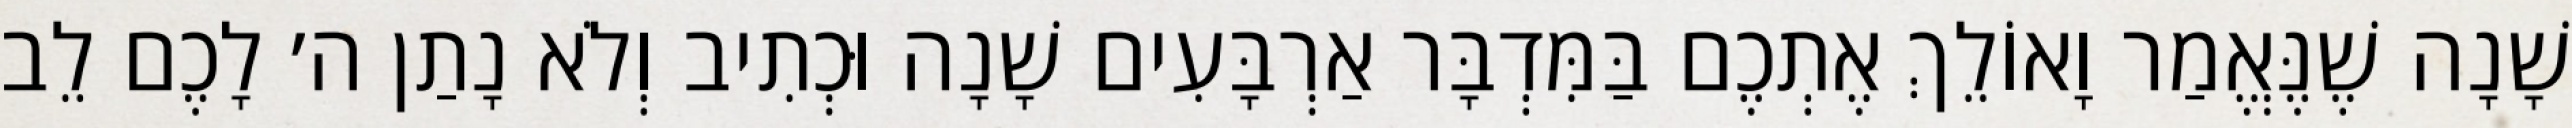
שָׁנָה שֶׁנֶּאֱמַר וָאוֹלֵךְ אֶתְכֶם בַּמִּדְבָּר אַרְבָּעִים שָׁנָה וּכְתִיב וְלֹא נָתַן ה׳ לָכֶם לֵב